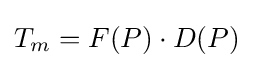
T_{m}=F(P)\cdot D(P)